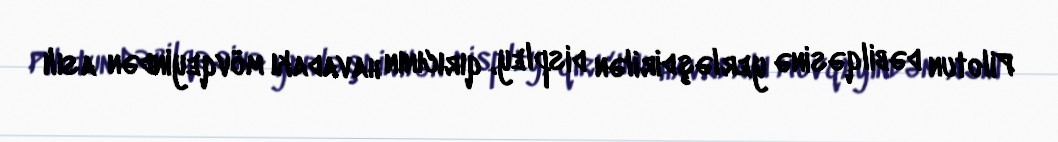
Pilotun dəbilqəsinə yerləşdirilən displey, qırıcının havadakı mövqeyindən asılı